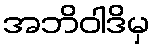
အဘိဝါဒိမှ